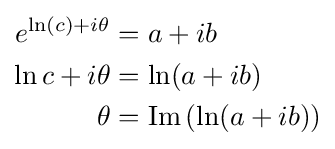
{\begin{aligned}e^{\ln(c)+i\theta }&=a+ib\\\ln c+i\theta &=\ln(a+ib)\\\theta &=\operatorname {Im} \left(\ln(a+ib)\right)\end{aligned}}